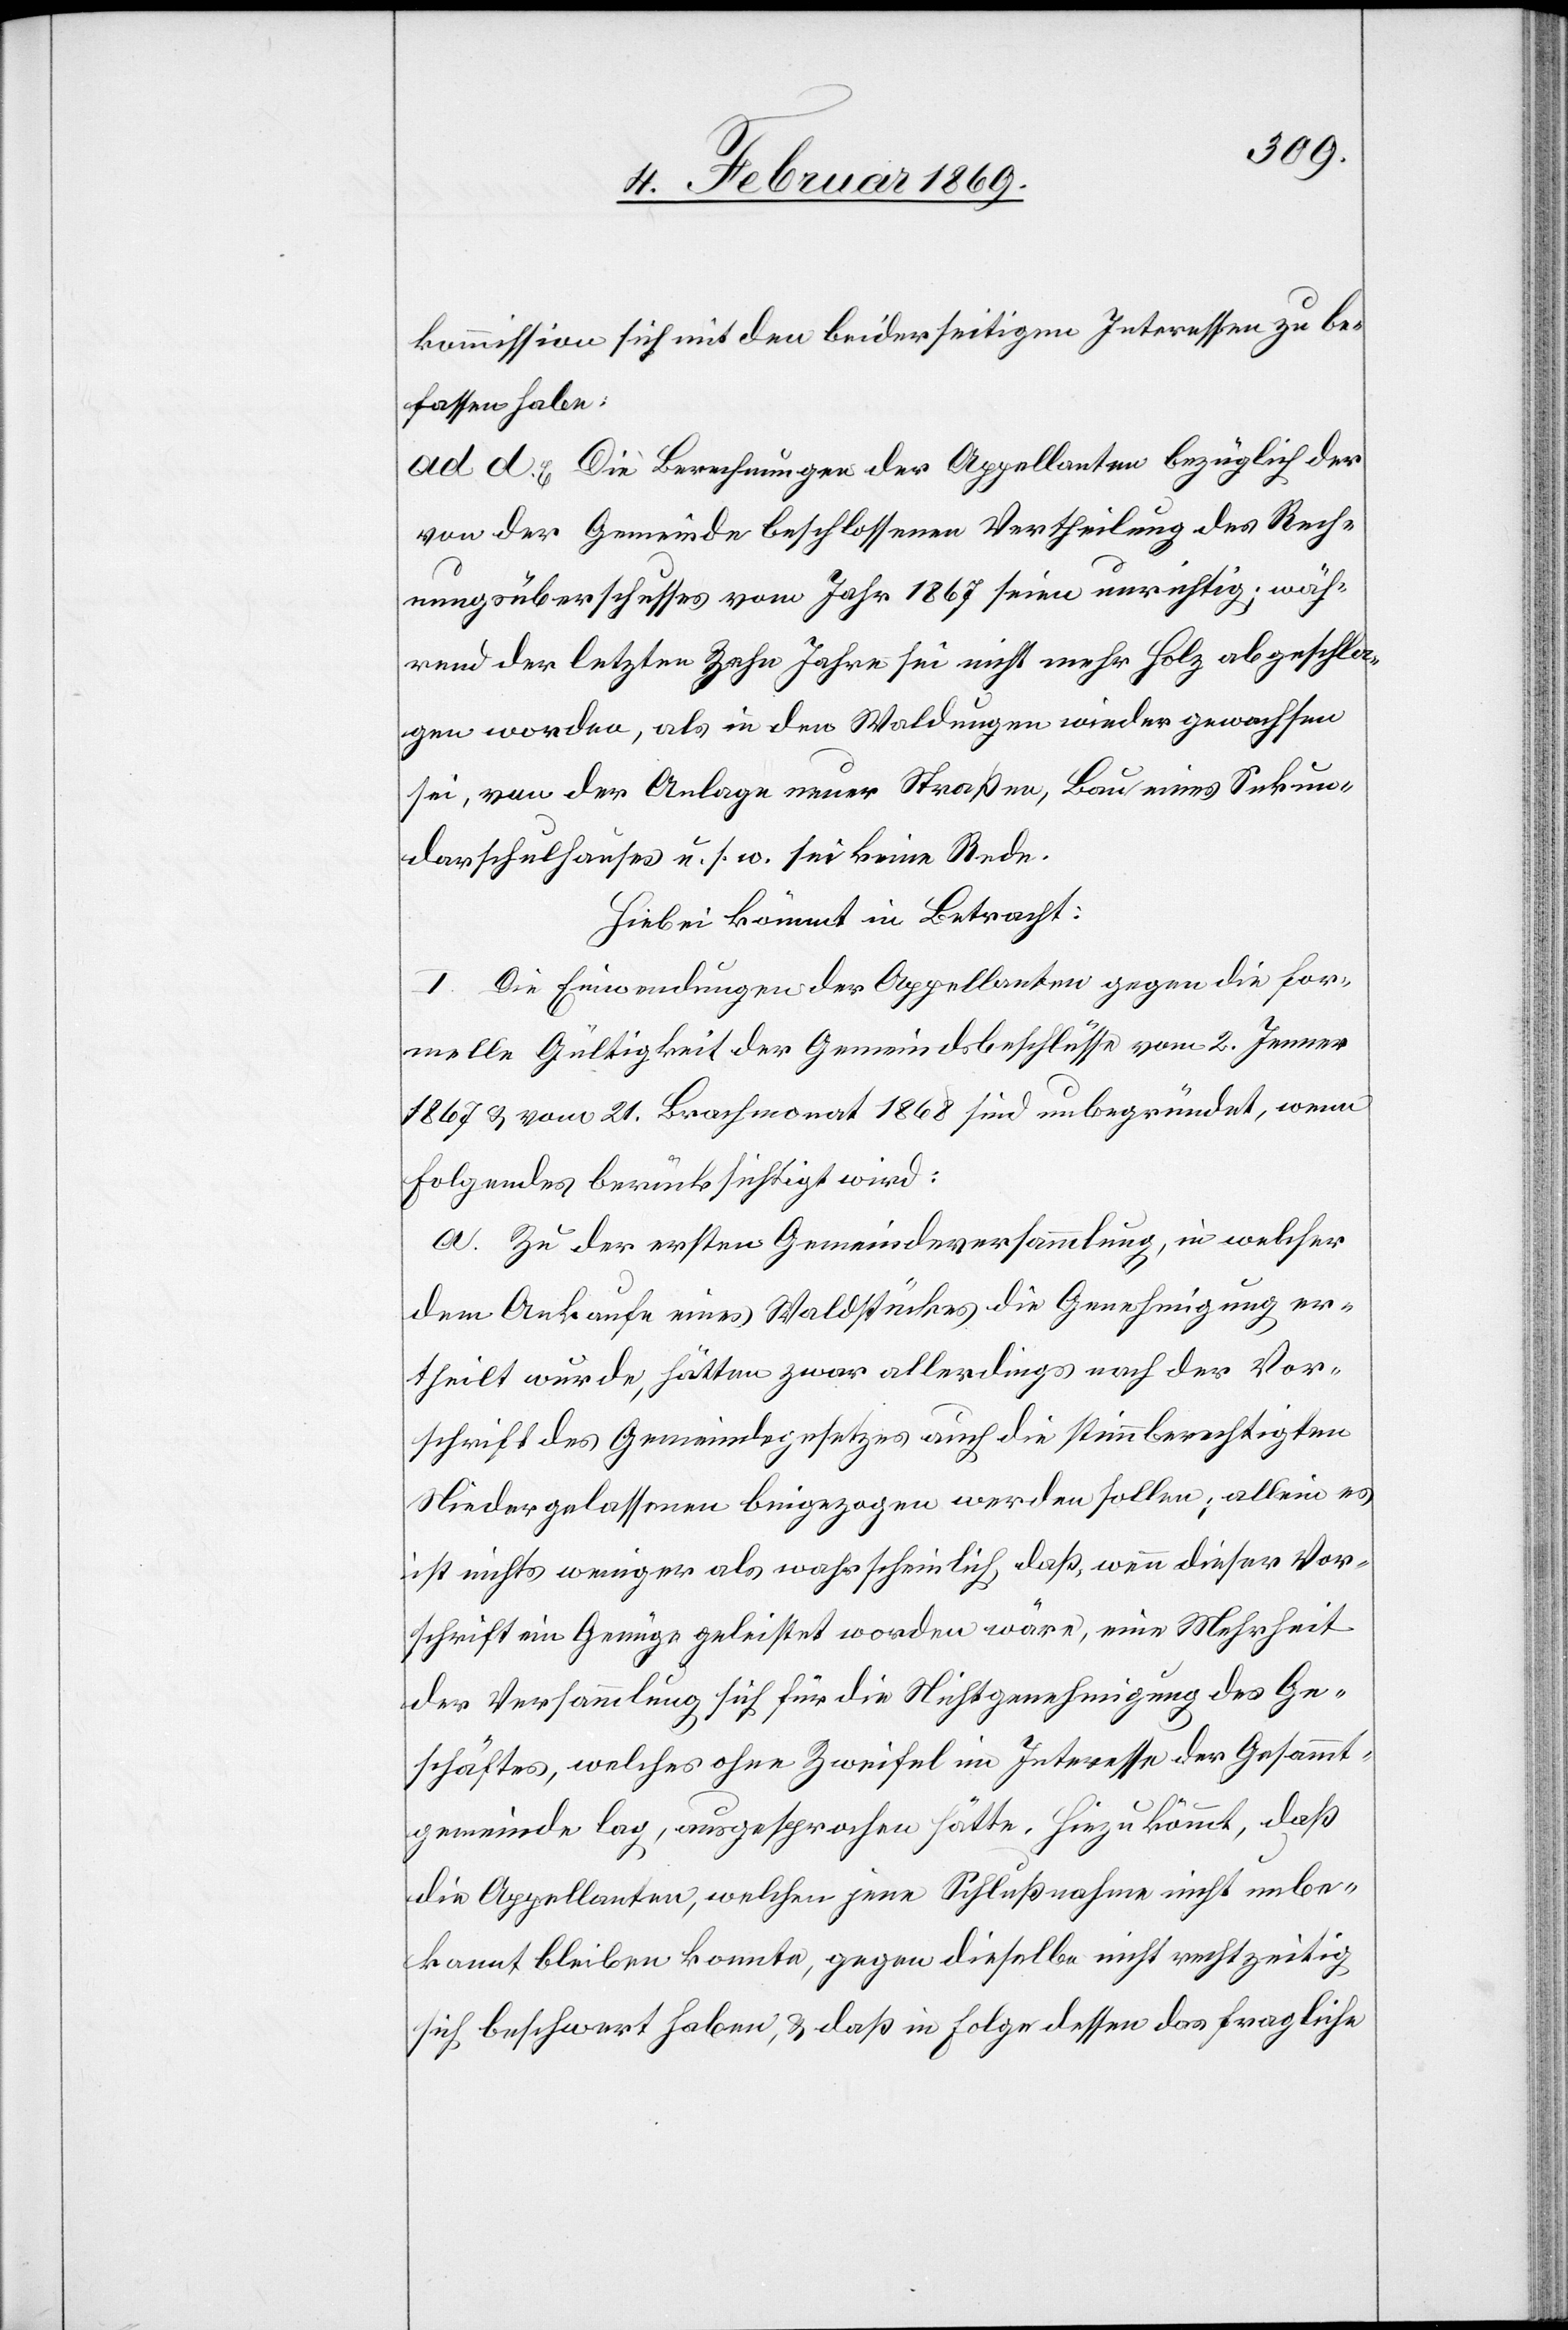
kommission sich mit den beiderseitigen Interessen zu be¬
fassen habe.
ad d. Die Berechnungen der Appellanten bezüglich der
von der Gemeinde beschlossenen Vertheilung des Rech¬
nungsüberschusses vom Jahr 1867 seien unrichtig; wäh¬
rend der letzten zehn Jahre sei nicht mehr Holz abgeschla¬
gen worden, als in den Waldungen wieder gewachsen
sei; von der Anlage neuer Straßen, Bau eines Sekun¬
darschulhauses u. s. w. sei keine Rede.
Hiebei kömmt in Betracht:
I. Die Einwendungen der Appellanten gegen die for¬
melle Gültigkeit der Gemeindsbeschlüsse vom 2. Jenner
1867 u. vom 21. Brachmonat 1868 sind unbegründet, wenn
Folgendes berücksichtigt wird:
a. Zu der ersten Gemeindsversammlung, in welcher
dem Ankaufe eines Waldstückes die Genehmigung er¬
theilt wurde, hätten zwar allerdings nach der Vor¬
schrift des Gemeindsgesetzes auch die stimmberechtigten
Niedergelassenen beigezogen werden sollen; allein es
ist nichts weniger als wahrscheinlich daß, wenn dieser Vor¬
schrift ein Genüge geleistet worden wäre, eine Mehrheit
der Versammlung sich für die Nichtgenehmigung des Ge¬
schäftes, welches ohne Zweifel im Interesse der Gesammt¬
gemeinde lag, ausgesprochen hätte. Hinzu kömmt, daß
die Appellanten, welchen jene Schlußnahme nicht unbe¬
kannt bleiben konnte, gegen dieselbe nicht rechtzeitig
sich beschwert haben, u. daß in Folge dessen das fragliche